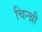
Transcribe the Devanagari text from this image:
चिन्च्री